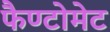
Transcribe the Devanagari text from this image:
फैण्टोमेट